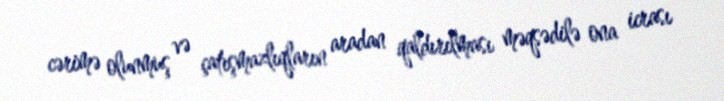
cərimə olunmuş və çatışmazlıqların aradan qaldırılması məqsədilə ona icrası